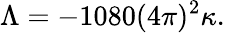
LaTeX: \Lambda=-1080(4\pi)^{2}\kappa.